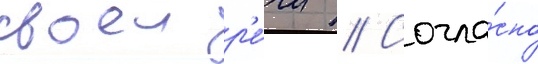
своеи р'е́чи // Согла́сно